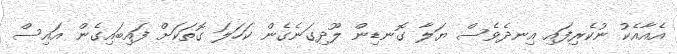
އެއާއެކު ނުކެރިފައި އިނދެވެސް ޔަލާ ގޮނޑިން ލޫދިގަނެގެން ކަހަލަ ގޮތަކަށް ފައިބައިގެން އައިސް